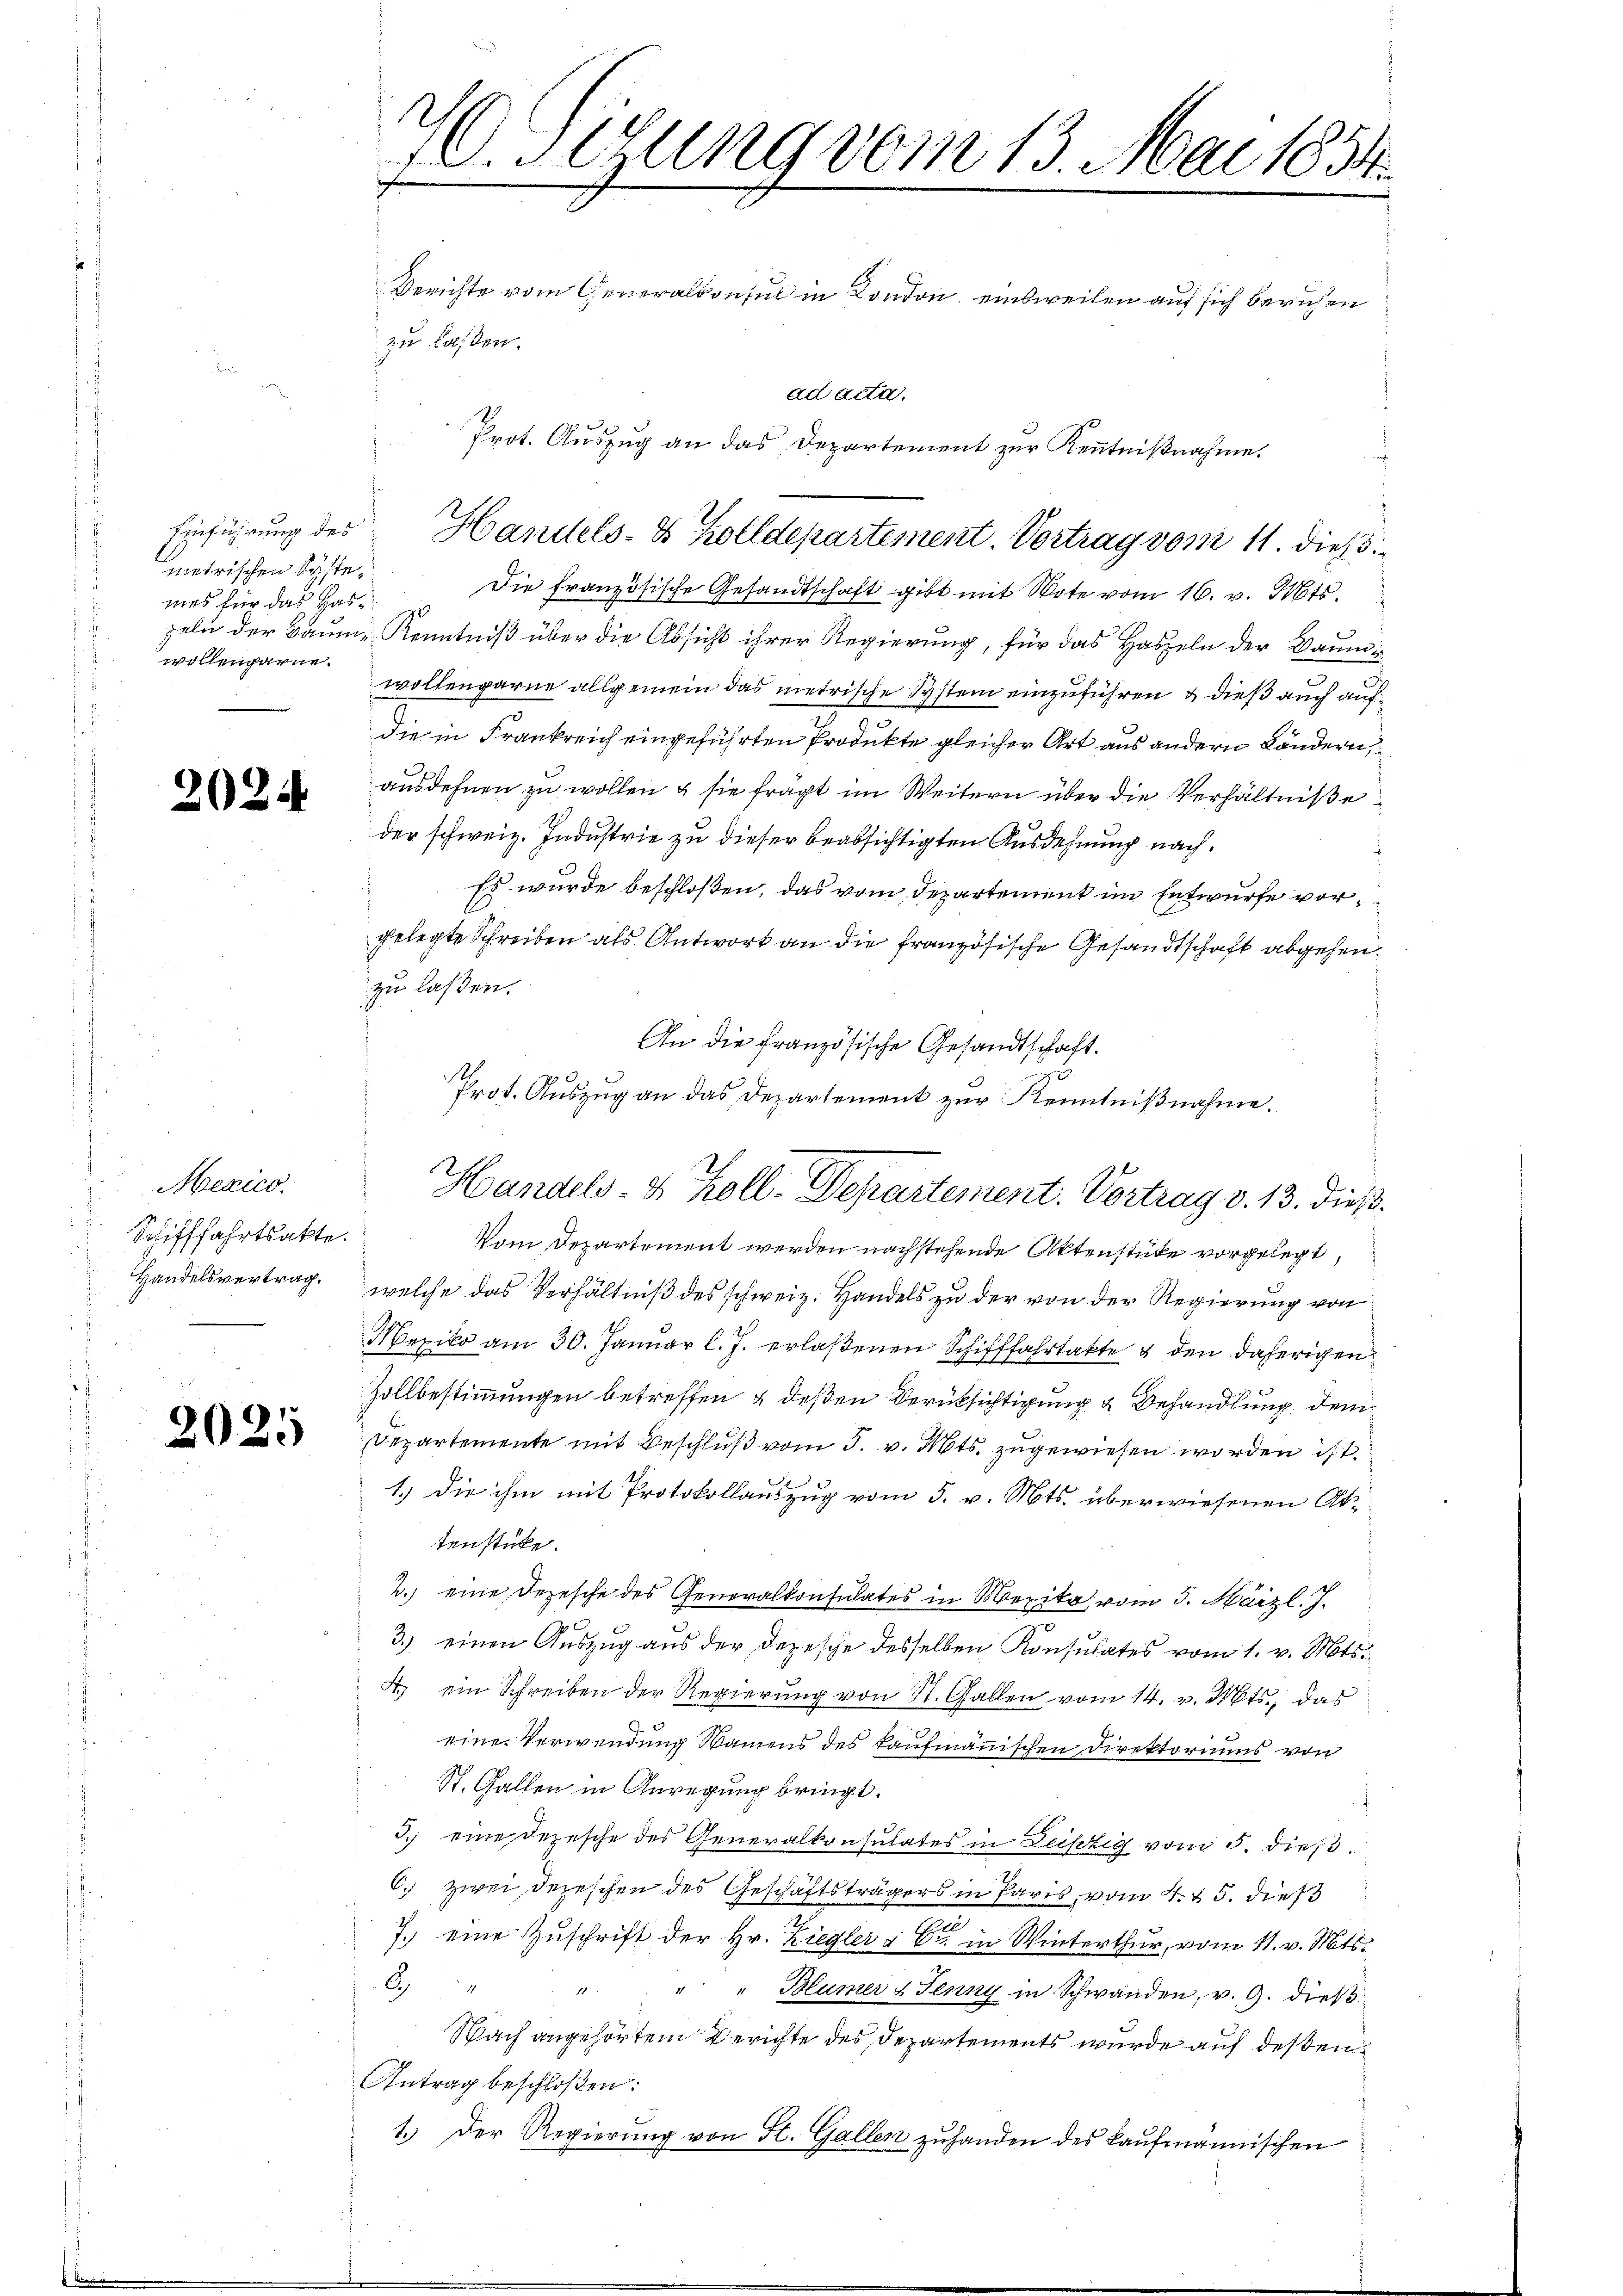
metrischen Systemes für das Has
wollengarne.

n

.

Mexico.
Schifffahrtsakte.
Handelsvertrag.

2025

O. Gesung vom 13. Mai 1854.

Berichte vom Generalkonsul in London, einsweilen auf sich beruhen
zu lassen.
.
Die französische Gesandtschaft gibt mit Bote vom 16. v. Mts.
17
zeln der Baum- Kenntniß über die Absicht ihrer Regierung, für das Haseln der Baumiwollengarne allgemein das metrische System einzuführen & dieß auch aufdie in Frankreich eingeführten Produkte gleicher Art aus andern Ländern,
ausdehnen zu wollen & sie frägt im Weitern über die Verhältniße
der schweiz. Industrie zu dieser beabsichtigten Ausdehnung nach¬
Es wurde beschloßen, das vom Departement im Entwurfe vorgelegte Schreiben als Antwort an die französische Gesandtschaft abgehen.
zu laßen.
An die französische Gesandtschaft.
Prot. Auszug an das Departement zur Kenntnißnahme.

ad acta.
Prot. Auszug an das Departement zur Kenntnißnahme.
Einführung des Handels- & Zolldepartement. Vortrag vom 11. dieß

Handels- & Koll-Departement. Vortrag v. 13. dieß.

Vom Departement werden nachstehende Aktenstüke vorgelegt
welche das Verhältniß des schweiz. Handels zu der von der Regierung von
Mexiko am 30. Januar l. J. erlaßenen Schifffahrtakte & den daherigen
Zollbestimmungen betreffen & deßen Verüksichtigung & Behandlung dem
Departemente mit Beschluß vom 3. v. Mts. zugewiesen worden ist.
1.) Die ihm mit Protokollauszug vom 3. v. Mts. überwiesenen Attenstücke.
2.) eine Depesche des Generalkonsulates in Merika vom 3. März l. J.
3.) einen Auszug aus der Depesche desselben Konsulates vom 1. v. Mts.
4 ein Schreiben der Regierung von St. Gallen vom 14. v. Mts., das
.
eine Verwendung Namens des kaufmännischen Direktoriums von
St. Gallen in Anregung bringt.
3.) eine Depesche des Generalkonsulates in Leistig vom 5. dieß.
6. zwei, depeschen der Geschäftsträgers in Paris, vom 4. 15. dies
7.) eine Zuschrift der Hr. Ziegler & Cie in Winterthur, vom 11. v. Mts.
6. " " " " " Blümer & Senny in Schwanden, v. 9. dieß¬
Nach angehörtem Berichte des Departements wurde auf dessen
Antrag beschloßen:
1.) Der Regierung von St. Gallen zuhanden des kaufmännischen